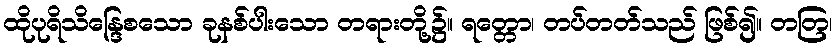
ထိုပုရိသိန္ဒြေစသော ခုနစ်ပါးသော တရားတို့၌။ ရတ္တော၊ တပ်တတ်သည် ဖြစ်၍။ တတြ၊